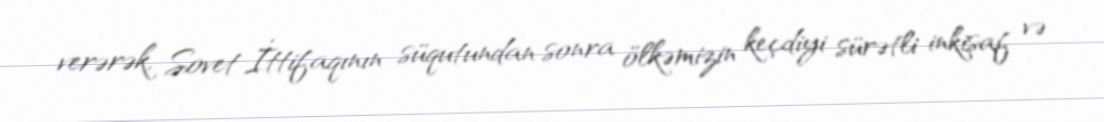
verərək, Sovet İttifaqının süqutundan sonra ölkəmizin keçdiyi sürətli inkişaf və